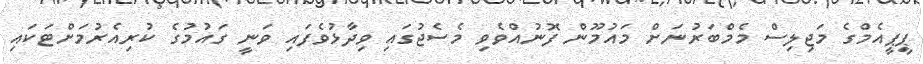
ޕީޕީއެމްގެ މަޖިލިސް މެމްބަރުނަށް މައުމޫން ފޮނުއްވެވި މެސެޖުގައި ވިދާޅުވެފައި ވަނީ ގައުމުގެ ކުރިއެރުމަށްޓަކައި